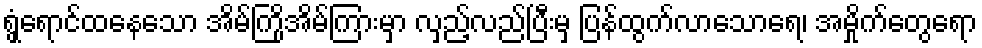
ရွှံ့ရောင်ထနေသော အိမ်ကြိုအိမ်ကြားမှာ လှည့်လည်ပြီးမှ ပြန်ထွက်လာသောရေ၊ အမှိုက်တွေရော